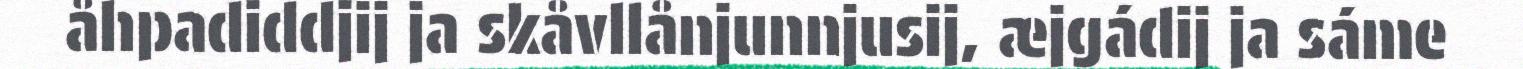
åhpadiddjij ja skåvllånjunnjusij, æjgádij ja sáme